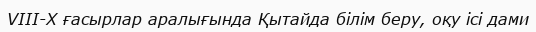
VIII-X ғасырлар аралығында Қытайда білім беру, оқу ісі дами